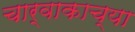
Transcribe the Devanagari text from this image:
चार्वाकाच्या